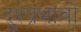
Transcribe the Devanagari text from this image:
दुश्प्रभावो